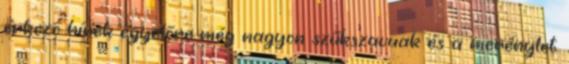
érkező hírek egyelőre még nagyon szűkszavuak és a merénylet